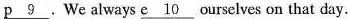
\underline{p9}.We always \underline{e10} ourselves on that day.